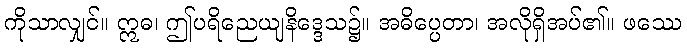
ကိုသာလျှင်။ ဣဓ၊ ဤပရိညေယျနိဒ္ဒေသ၌။ အဓိပ္ပေတာ၊ အလိုရှိအပ်၏။ ဖဿေ